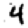
Digit: 4